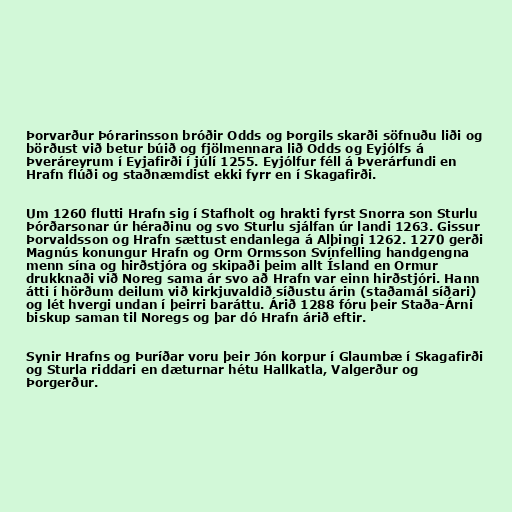
Þorvarður Þórarinsson bróðir Odds og Þorgils skarði söfnuðu liði og
börðust við betur búið og fjölmennara lið Odds og Eyjólfs á
Þveráreyrum í Eyjafirði í júlí 1255. Eyjólfur féll á Þverárfundi en
Hrafn flúði og staðnæmdist ekki fyrr en í Skagafirði.

Um 1260 flutti Hrafn sig í Stafholt og hrakti fyrst Snorra son Sturlu
Þórðarsonar úr héraðinu og svo Sturlu sjálfan úr landi 1263. Gissur
Þorvaldsson og Hrafn sættust endanlega á Alþingi 1262. 1270 gerði
Magnús konungur Hrafn og Orm Ormsson Svínfelling handgengna
menn sína og hirðstjóra og skipaði þeim allt Ísland en Ormur
drukknaði við Noreg sama ár svo að Hrafn var einn hirðstjóri. Hann
átti í hörðum deilum við kirkjuvaldið síðustu árin (staðamál síðari)
og lét hvergi undan í þeirri baráttu. Árið 1288 fóru þeir Staða-Árni
biskup saman til Noregs og þar dó Hrafn árið eftir.

Synir Hrafns og Þuríðar voru þeir Jón korpur í Glaumbæ í Skagafirði
og Sturla riddari en dæturnar hétu Hallkatla, Valgerður og
Þorgerður.